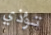
تؤذي